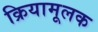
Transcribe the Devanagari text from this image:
क्रियामूलक